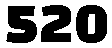
520